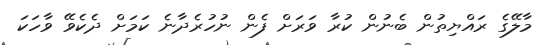
މާލޭގެ ރައްޔިތުން ބެނުން ކުރާ ވަރަށް ފެން ނުހުރެދާނެ ކަމަށް ދެކެވޭ ވާހަކަ